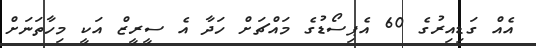
އެއް ގަޑިއިރުގެ 60 އެޕިސޯޑުގެ މައްޗަށް ހަދާ އެ ސީރީޒް އަކީ މިހާތަނަށް